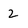
Character: 2